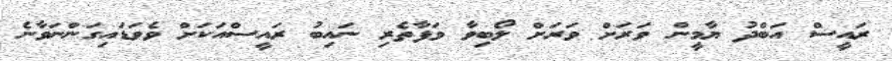
ރައީސް އަބްދު ޔާމީން ވަރަށް ވަރަށް ލޯބިވާ ވަފާތެރި ނައިބު ރައީސްއަކަށް ވެވަޑައިގަންނަވާނެ